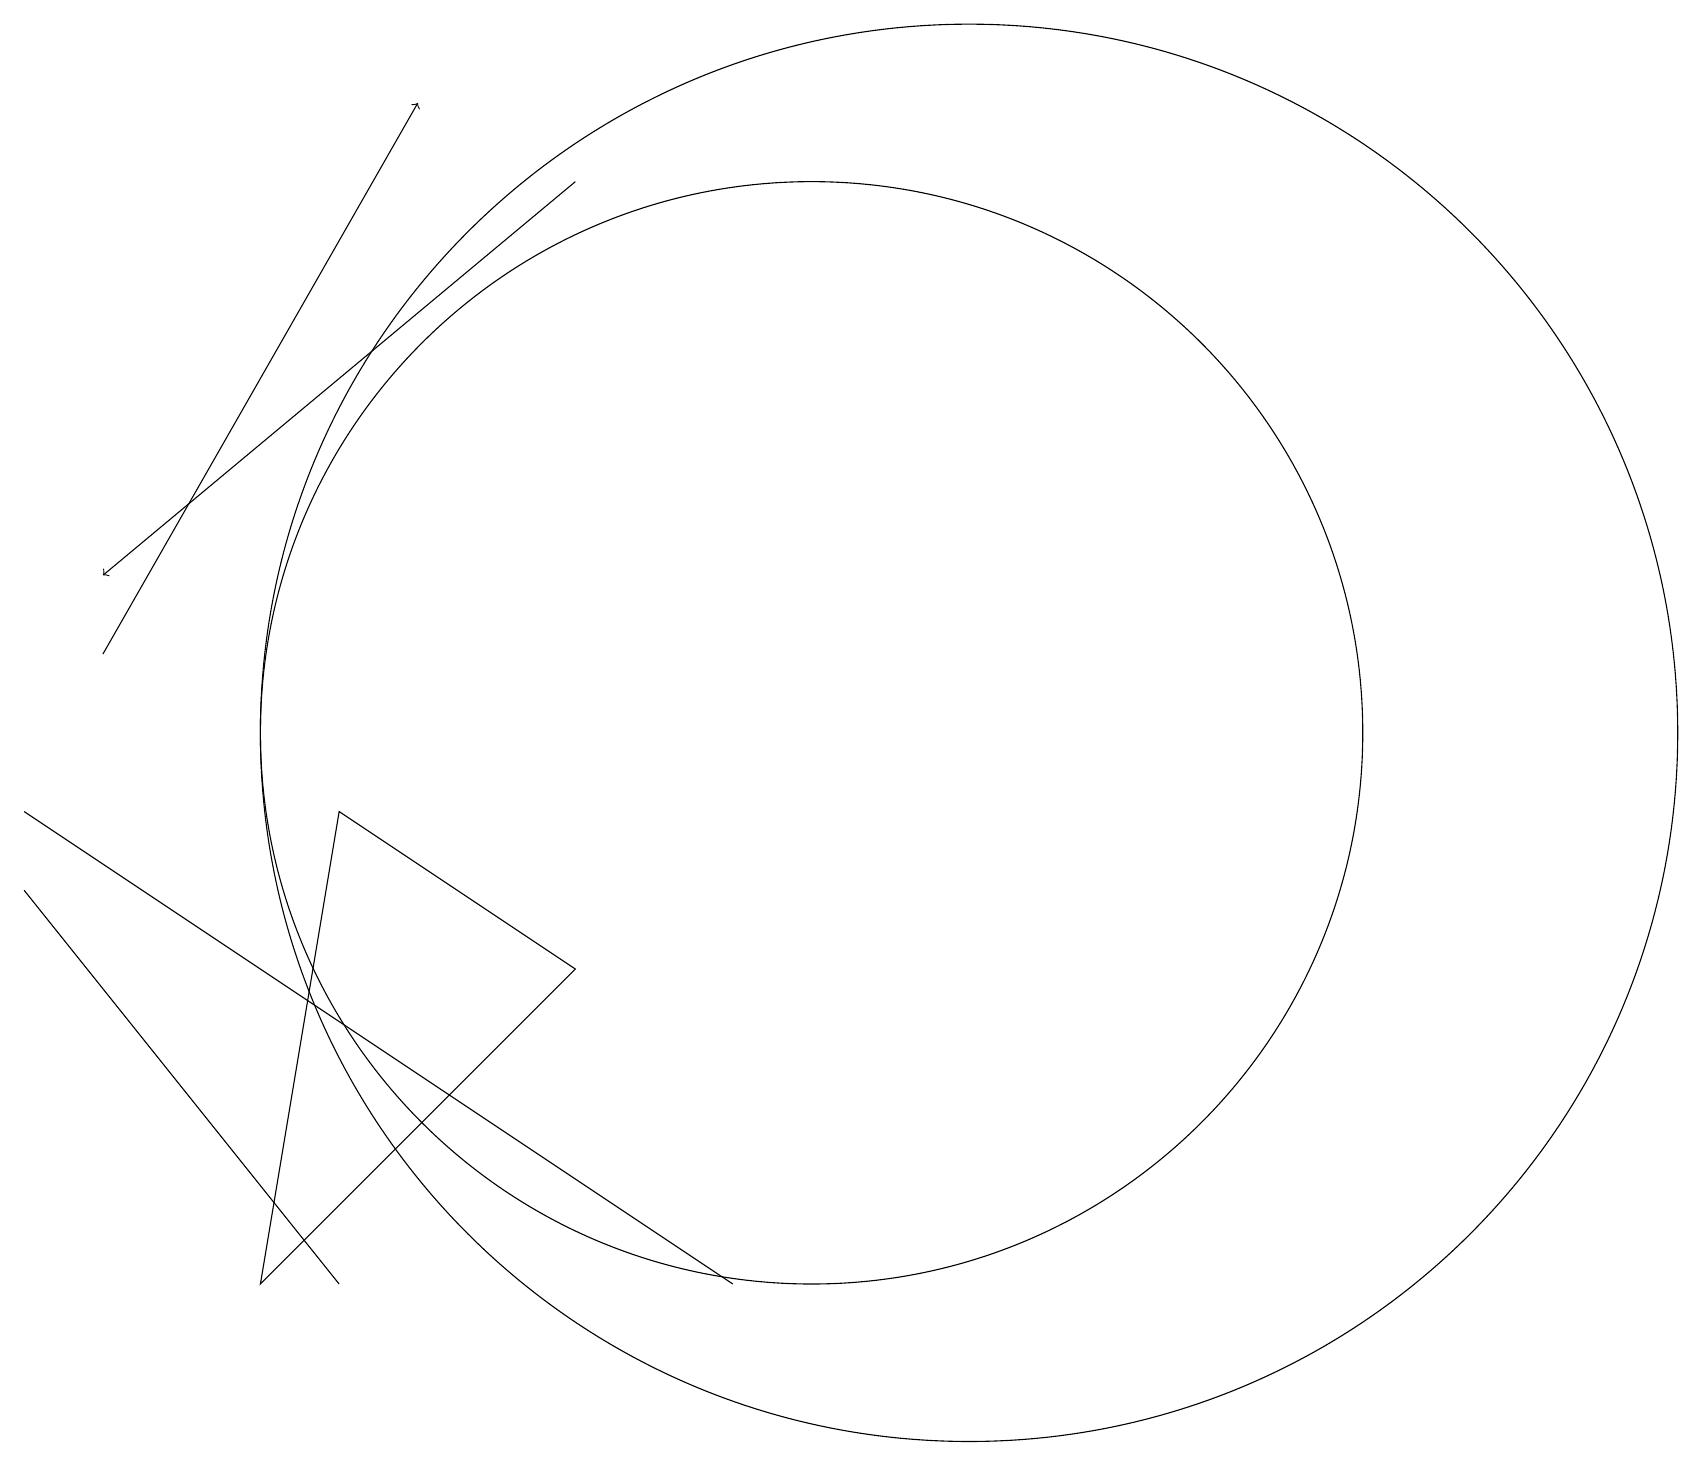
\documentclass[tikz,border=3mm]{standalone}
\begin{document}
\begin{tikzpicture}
\draw[->] (1,11) -- (5,18);
\draw (10,10) circle (7);
\draw (7,7) -- (3,3) -- (4,9) -- cycle;
\draw (0,9) -- (9,3) -- (6,5) -- cycle;
\draw[->] (7,17) -- (1,12);
\draw (12,10) circle (9);
\draw (0,8) -- (0,8) -- (4,3) -- cycle;
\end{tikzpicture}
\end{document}